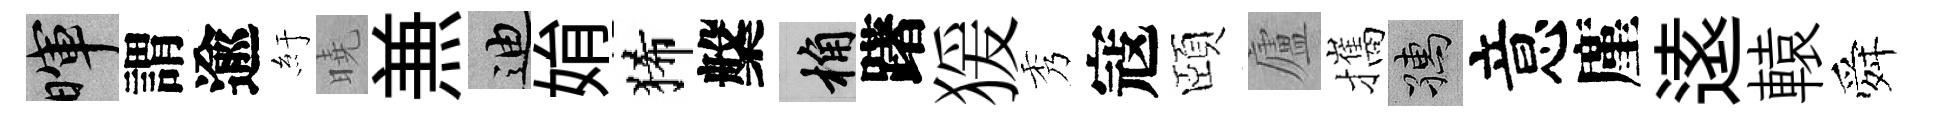
暉謂逾紆曉𠔥迪姢狶槃桷躇猨秀寇頤廬攜孺意廑逺轅舜